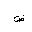
Letter: _dad